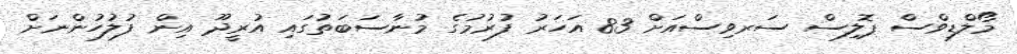
މޯލްޑިވްސް ޕޮލިސް ސަރވިސްއަށް 83 އަހަރު ފުރުމުގެ މުނާސަބަތުގައި އުރީދޫ އިން ފުލުހުންނަށް